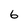
Character: 6